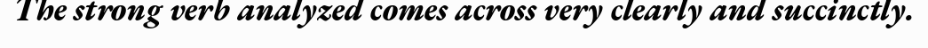
The strong verb analyzed comes across very clearly and succinctly.